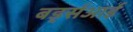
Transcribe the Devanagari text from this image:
बर्ड्सआई